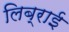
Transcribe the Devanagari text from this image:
लिब्राई